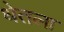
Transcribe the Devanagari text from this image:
धेतला